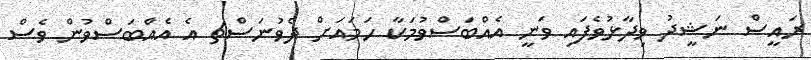
ރައީސް ނަޝީދު ވިދާޅުވެފައި ވަނީ އެއްބަސްވުމަކާ ހަމައަށް ދެވުނަސްޗ އެ އެއްބަސްވުން ވެސް